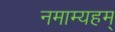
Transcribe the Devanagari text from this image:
नमाम्यहम्‌